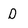
Character: D